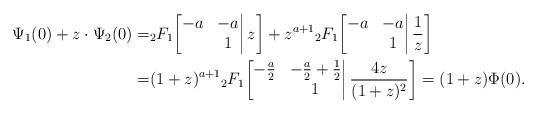
LaTeX: \begin{align*}\Psi_1(0)+z\cdot\Psi_2(0)=&{}_2F_1\bigg[\begin{matrix}-a&-a\\&1\end{matrix}\bigg|\,z\bigg]+z^{a+1}{}_2F_1\bigg[\begin{matrix}-a&-a\\&1\end{matrix}\bigg|\,\frac1z\bigg]\\=&(1+z)^{a+1}{}_2F_1\bigg[\begin{matrix}-\frac{a}2&-\frac{a}2+\frac12\\&1\end{matrix}\bigg|\,\frac{4z}{(1+z)^2}\bigg]=(1+z)\Phi(0).\end{align*}